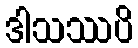
ဒါသဿပိ